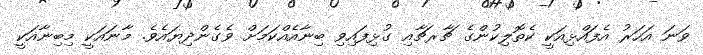
ވަނަ އަހަރު އެފައްޅިއަކީ ކެތޮލިކުންގެ ޗާރޗާއި ގުޅިފައިވި ބިނާއެއްކަމަށް ވެގެންދިޔައެވެ. މާނައަކީ މިބިނާއަކީ